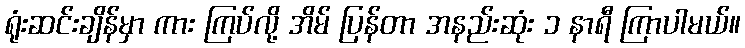
ရုံးဆင်းချိန်မှာ ကား ကြပ်လို့ အိမ် ပြန်တာ အနည်းဆုံး ၁ နာရီ ကြာပါမယ်။